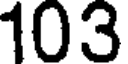
103